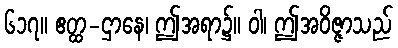
၆၁၇။ ဧတ္ထ-ဌာနေ၊ ဤအရာ၌။ ဝါ၊ ဤအဝိဇ္ဇာသည်